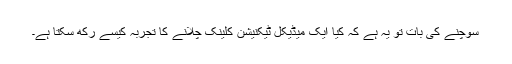
سوچنے کی بات تو یہ ہے کہ کیا ایک میڈیکل ٹیکنیشن کلینک چلانے کا تجربہ کیسے رکھ سکتا ہے۔